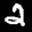
Label: 2